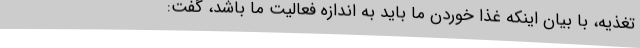
تغذیه، با بیان اینکه غذا خوردن ما باید به اندازه فعالیت ما باشد، گفت: